Madras plague regulations in force outside the Presidency town - Volume 1
Disease focus: Plague
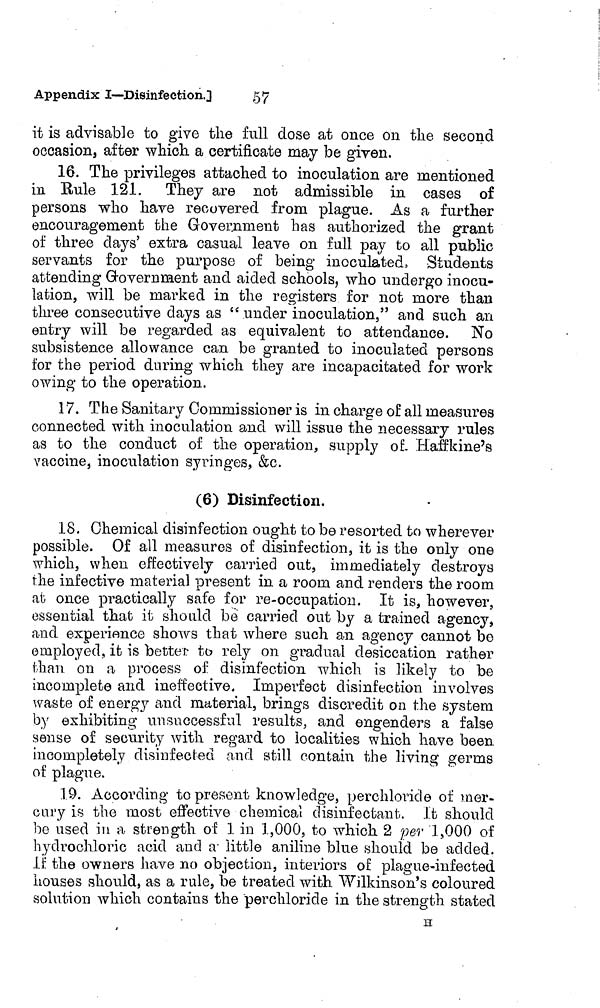
Appendix I—Disinfection,3
57
it is advisable to give the full dose at once on the second
occasion, after which a certificate may be given.
16. The privileges attached to inoculation are mentioned
in Bule 121. They are not admissible in cases of
persons who have recovered from plague. As a further
encouragement the Government has authorized the grant
of three days' extra casual leave on full pay to all public
servants for the purpose of being inoculated, Students
attending Government and aided schools, who undergo inocu-
lation, will be marked in the registers for not more than
three consecutive days as " under inoculation," and such an
entry will be regarded as equivalent to attendance. No
subsistence allowance can be granted to inoculated persons
for the period during which they are incapacitated for work
owing to the operation.
17. The Sanitary Commissioner is in charge of all measures
connected with inoculation and will issue the necessary rules
as to the conduct of the operation, supply of. Haffldne's
vaccine, inoculation syringes, &c.
(6) Disinfection.
18. Chemical disinfection ought to be resorted to wherever
possible. Of all measures of disinfection, it is the only one
which, when effectively carried out, immediately destroys
the infective material present in a room and renders the room
at once practically safe for re-occupation. It is, however,
essential that it should be carried out by a trained agency,
and experience shows that where such an agency cannot bo
employed, it is better to rely on gradual desiccation rather
than on a process of disinfection which is likely to be
incomplete and ineffective. Imperfect disinfection involves
waste of energy and material, brings discredit on the system
by exhibiting unsuccessful results, and engenders a false
sense of security with regard to localities which have been
incompletely disinfected and still contain the living germs
of plague.
19. According to present knowledge, perchloricde of mer-
cury is the most effective chemical disinfectant. It should
be used in a strength of 1 in 1,000, to which 2 per 1,000 of
hydrochloric acid and a little aniline blue should be added.
If the owners have no objection, interiors of plague-infected
houses should, as a rule, be treated with Wilkinson's coloured
solution which contains the perchloride in the strength stated
H